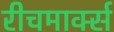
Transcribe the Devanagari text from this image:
रीचमार्क्स